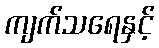
ကျက်သရေနှင့်